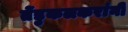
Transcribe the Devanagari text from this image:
तेंडुकलकरांनी